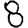
Digit: 8